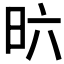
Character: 𣅶